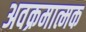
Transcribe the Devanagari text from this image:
अवक्रमात्मक